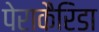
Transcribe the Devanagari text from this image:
पेराकैरिडा